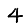
Digit: 4